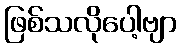
ဖြစ်သလိုပေါ့ဗျာ